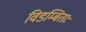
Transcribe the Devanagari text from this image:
विडम्बिताः